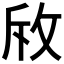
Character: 𭣨